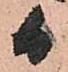
日